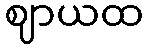
ဈာယထ